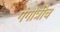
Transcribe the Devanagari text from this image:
गंगोत्रीच